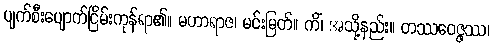
ပျက်စီးပျောက်ငြိမ်းကုန်ရာ၏။ မဟာရာဇ၊ မင်းမြတ်။ ကိံ၊ အသို့နည်း။ တဿဝေဇ္ဇဿ၊